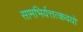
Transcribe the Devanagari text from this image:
सामभिर्यत्तत्कवयो